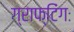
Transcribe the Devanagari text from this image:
ग्राफ्टिंगः